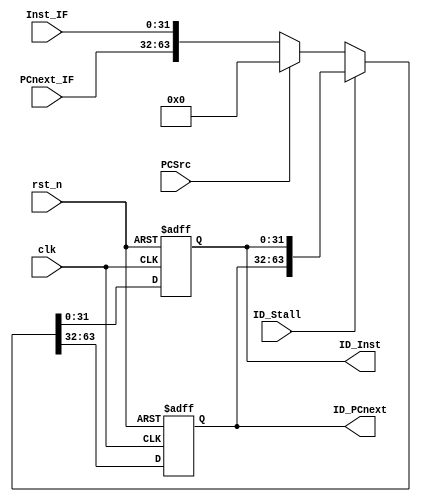
`timescale 1ns/10ps
module IF_ID(
    input clk, rst_n,
    input [31:0] PCnext_IF,
    input [31:0] Inst_IF,
    input PCSrc, // for clear
    input ID_Stall, // for stall
    output reg [31:0] ID_PCnext,
    output reg [31:0] ID_Inst
);
always@(posedge clk, negedge rst_n) begin
if(!rst_n) {ID_PCnext, ID_Inst} <= 0;
else begin

if(ID_Stall) {ID_PCnext, ID_Inst} <= {ID_PCnext, ID_Inst};
else  begin
if(PCSrc) {ID_PCnext, ID_Inst} <= 0;
else {ID_PCnext, ID_Inst} <= {PCnext_IF, Inst_IF};
end

end

end
endmodule